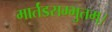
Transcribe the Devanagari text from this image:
मार्तंडसम्भुतम्।